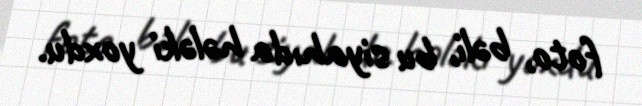
foto, bəli, bu siyahıda hələki yoxdu.